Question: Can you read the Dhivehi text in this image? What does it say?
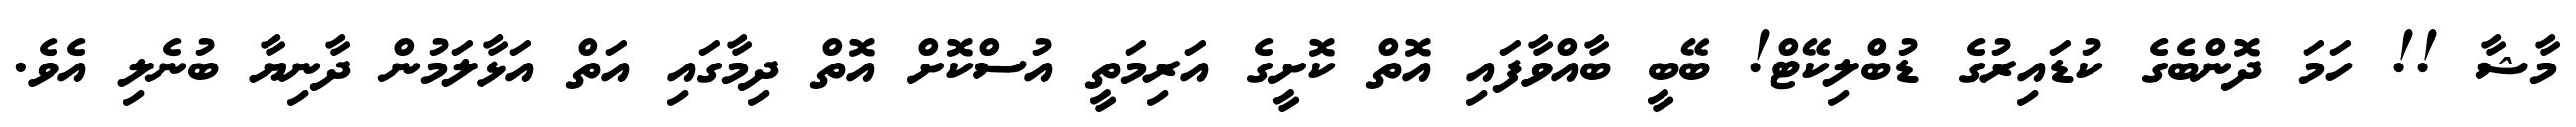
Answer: މާޝާ !! ހަމަ ދޮންބެގެ ކުޑައިރުގެ ޑުބްލިކޭޓް! ބޭބީ ބާއްވާފައި އޮތް ކޮށީގެ އަރިމަތީ އުސްކޮށް އޮތް ދިމާގައި އަތް އަޅާލަމުން ދާނިޔާ ބުނެލި އެވެ.